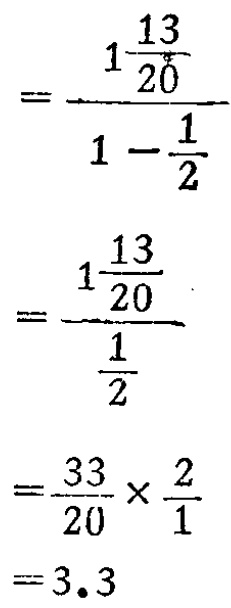
\[

\begin{align*}

&=\frac{1\frac{13}{20}}{1 - \frac{1}{2}}\\

&=\frac{1\frac{13}{20}}{\frac{1}{2}}\\

&=\frac{33}{20} \times \frac{2}{1}\\

&=3.3

\end{align*}

\]